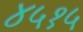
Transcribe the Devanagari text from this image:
४५१५